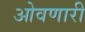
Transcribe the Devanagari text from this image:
ओवणारी